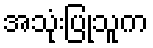
အသုံးပြုသူက